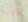
لهيب